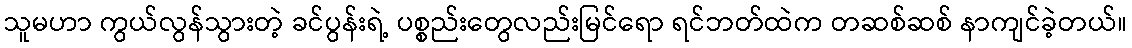
သူမဟာ ကွယ်လွန်သွားတဲ့ ခင်ပွန်းရဲ့ ပစ္စည်းတွေလည်းမြင်ရော ရင်ဘတ်ထဲက တဆစ်ဆစ် နာကျင်ခဲ့တယ်။